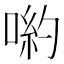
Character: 喲